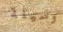
وسيلة